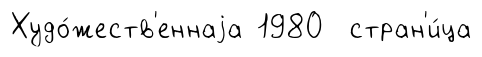
Худо́жеств'еннаjа 1980 стран'и́ца